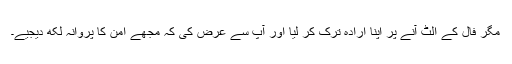
مگر فال کے اُلٹ آنے پر اپنا ارادہ ترک کر لیا اور آپ سے عرض کی کہ مجھے امن کا پروانہ لکھ دیجیے۔